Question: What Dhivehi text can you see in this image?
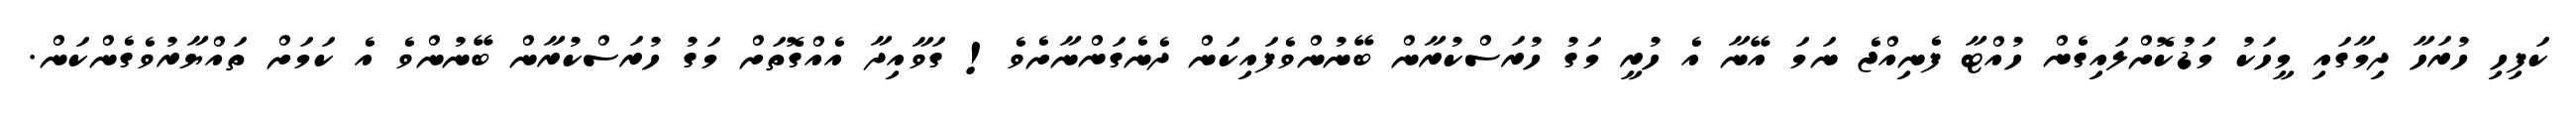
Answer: ކަފިހި ހުރަހާ ދިމާގައި މީހަކު މަޑުކޮށްލައިގެން ހުއްޓާ ފެނިއްޖެ ނަމަ އޭނާ އެ ހުރީ މަގު ހުރަސްކުރާން ބޭނުންވެފައިކަން ދެނެގަންނާށެވެ! ގަވާއިދާ އެއްގޮތަށް މަގު ހުރަސްކުރާން ބޭނުންވެ އެ ކަމަށް ތައްޔާރުވެގެންކަން.